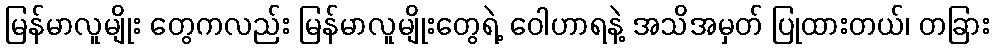
မြန်မာလူမျိုး တွေကလည်း မြန်မာလူမျိုးတွေရဲ့ ဝေါဟာရနဲ့ အသိအမှတ် ပြုထားတယ်၊ တခြား